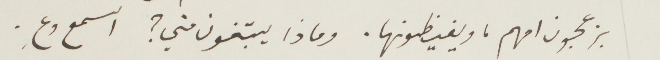
يزعجون امهم، ويغيظونها. وماذا يبتغون مني؟ اسمع وعِ